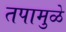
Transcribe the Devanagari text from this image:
तपामुळे